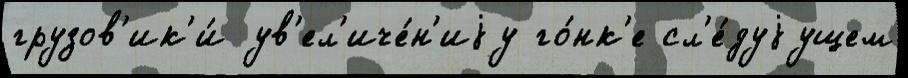
грузов'ик'и́ ув'ел'иче́н'иjу го́нк'е сл'е́дуjущем